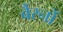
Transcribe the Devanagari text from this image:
बैंरनों